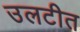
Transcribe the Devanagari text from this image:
उलटीत